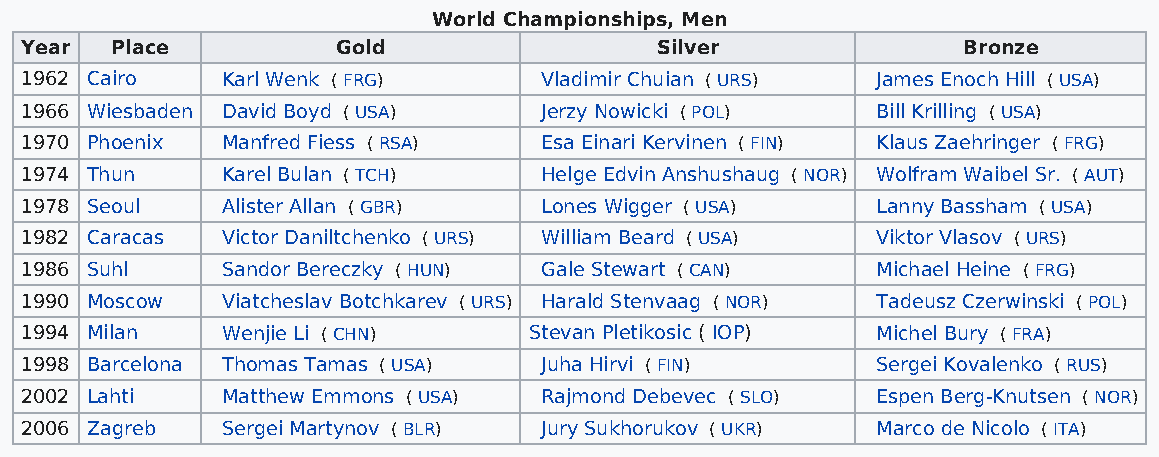
World Championships, Men
 Year  Place          Gold                 Silver               Bronze
 1962 Cairo    Karl Wenk ( FRG)     Vladimir Chuian ( URS) James Enoch Hill ( USA)
 1966 Wiesbaden David Boyd ( USA)   Jerzy Nowicki ( POL)  Bill Krilling ( USA)
 1970 Phoenix  Manfred Fiess ( RSA) Esa Einari Kervinen ( FIN) Klaus Zaehringer ( FRG)
 1974 Thun     Karel Bulan ( TCH)   Helge Edvin Anshushaug ( NOR) Wolfram Waibel Sr. ( AUT)
 1978 Seoul    Alister Allan ( GBR) Lones Wigger ( USA)   Lanny Bassham ( USA)
 1982 Caracas  Victor Daniltchenko ( URS) William Beard ( USA) Viktor Vlasov ( URS)
 1986 Suhl     Sandor Bereczky ( HUN) Gale Stewart ( CAN) Michael Heine ( FRG)
 1990 Moscow   Viatcheslav Botchkarev ( URS) Harald Stenvaag ( NOR) Tadeusz Czerwinski ( POL)
 1994 Milan    Wenjie Li ( CHN)    Stevan Pletikosic ( IOP) Michel Bury ( FRA)
 1998 Barcelona Thomas Tamas ( USA) Juha Hirvi ( FIN)     Sergei Kovalenko ( RUS)
 2002 Lahti    Matthew Emmons ( USA) Rajmond Debevec ( SLO) Espen Berg-Knutsen ( NOR)
 2006 Zagreb   Sergei Martynov ( BLR) Jury Sukhorukov ( UKR) Marco de Nicolo ( ITA)